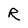
Character: R